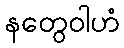
နတွေဝါဟံ